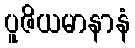
ပူဇိယမာနာနံ